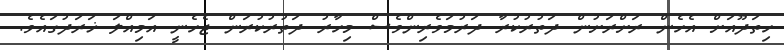
ހިތަދޫއަށް އެހެން ރަށްރަށުން ދަތުރުކުރާ ދަރުމަވެރިންވެސް މިހާރު ދަތުރުކުރަން ޖެހެނީ އަމިއްލަ ޚަރަދުގައެވެ.